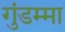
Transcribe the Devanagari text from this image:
गुंडम्मा